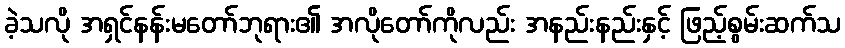
ခဲ့သလို အရှင်နန်းမတော်ဘုရား၏ အလိုတော်ကိုလည်း အနည်းနည်းနှင့် ဖြည့်စွမ်းဆက်သ